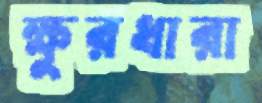
ক্ষুরধারা